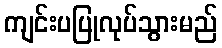
ကျင်းပပြုလုပ်သွားမည်